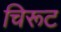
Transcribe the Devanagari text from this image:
चिरूट